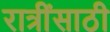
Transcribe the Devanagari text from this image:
रात्रींसाठी